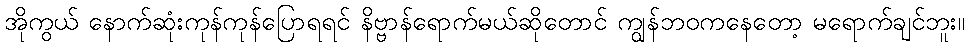
အိုကွယ် နောက်ဆုံးကုန်ကုန်ပြောရရင် နိဗ္ဗာန်ရောက်မယ်ဆိုတောင် ကျွန်ဘဝကနေတော့ မရောက်ချင်ဘူး။